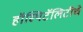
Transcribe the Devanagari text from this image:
हॉस्पिटॅलिटीचे